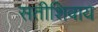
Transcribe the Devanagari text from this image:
सतीशिवाय